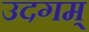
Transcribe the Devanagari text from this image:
उदगम्